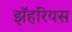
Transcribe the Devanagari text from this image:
झॅहरियस